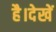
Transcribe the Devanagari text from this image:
है।देखें